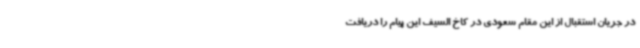
در جریان استقبال از این مقام سعودی در کاخ السیف این پیام را دریافت